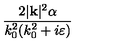
\frac { 2 | \mathbf { k } | ^ { 2 } \alpha } { k _ { 0 } ^ { 2 } ( k _ { 0 } ^ { 2 } + i \varepsilon ) }